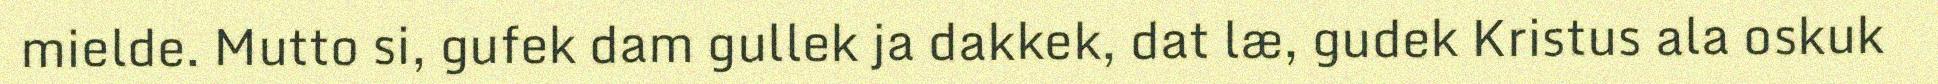
mielde. Mutto si, gufek dam gullek ja dakkek, dat læ, gudek Kristus ala oskuk